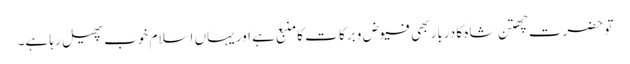
تو حضرت چھتن شاہ کا دربار بھی فیوض و برکا ت کامنبع ہے اور یہاں اسلام خوب پھیل رہا ہے۔